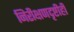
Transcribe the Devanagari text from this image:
निरीक्षणदृष्टीही